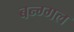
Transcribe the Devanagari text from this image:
बन्ग्गल